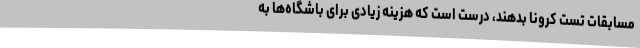
مسابقات تست کرونا بدهند، درست است که هزینه زیادی برای باشگاه‌ها به